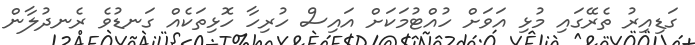
ގަޑިއިރު ތެރޭގައި މުޅި އަވަށް ހުއްޓުމަކަށް އައިސް ހުރިހާ ހޮޅިތަކެއް ގަނޑުވެ ރެނދުލާން